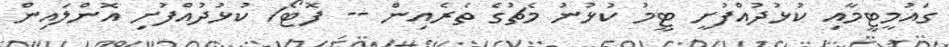
ގައުމީޓީމާއި ކުޅުދުއްފުށީ ޓީމު ކުޅުނު މެޗުގެ ތެރެއިން -- ފޮޓޯ/ ކުޅުދުއްފުށި އޮންލައިން